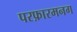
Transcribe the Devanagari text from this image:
परफ़ारमनग